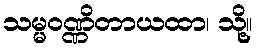
သမ္မဝဏ္ဏိတာယထာ၊ သို့။